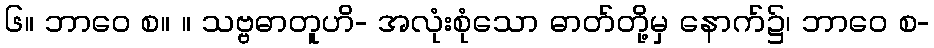
၆။ ဘာဝေ စ။ ။ သဗ္ဗဓာတူဟိ- အလုံးစုံသော ဓာတ်တို့မှ နောက်၌၊ ဘာဝေ စ-